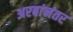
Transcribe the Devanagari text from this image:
अरबांनंतर